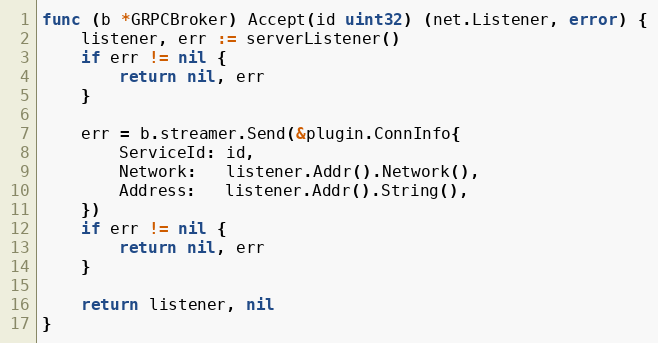
Language: Go
func (b *GRPCBroker) Accept(id uint32) (net.Listener, error) {
	listener, err := serverListener()
	if err != nil {
		return nil, err
	}

	err = b.streamer.Send(&plugin.ConnInfo{
		ServiceId: id,
		Network:   listener.Addr().Network(),
		Address:   listener.Addr().String(),
	})
	if err != nil {
		return nil, err
	}

	return listener, nil
}